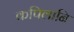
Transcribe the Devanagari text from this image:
कपिलानि